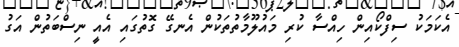
އެކަމަކު ސިފްކޯއިން ހިއްސާ ކުރި މައުލޫމާތުތަކުން އެނގޭ ގޮތުގައި އެއީ ނިސްބަތުން އަގު